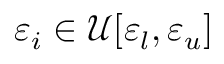
\varepsilon _ { i } \in \mathcal { U } [ \varepsilon _ { l } , \varepsilon _ { u } ]